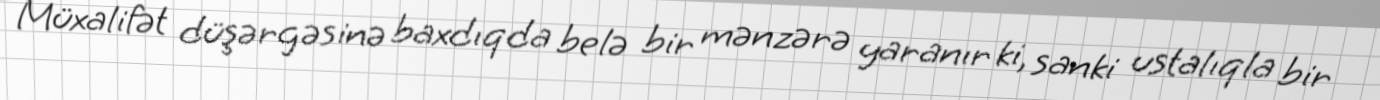
Müxalifət düşərgəsinə baxdıqda belə bir mənzərə yaranır ki, sanki ustalıqla bir